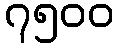
၇၅၀၀